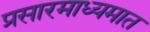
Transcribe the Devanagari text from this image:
प्रसारमाध्यमात